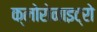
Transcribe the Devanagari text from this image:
क्लोरोनाइट्रो